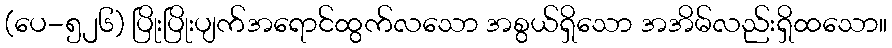
(ပေ-၅၂၆) ပြိုးပြိုးပျက်အရောင်ထွက်လသော အစွယ်ရှိသော အအိမ်လည်းရှိထသော။